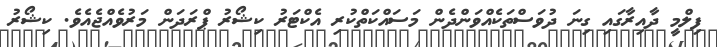
ފިލްމީ ދާއިރާގައި ގިނަ ދުވަސްތަކެއްވަންދެން މަސައްކަތްކުރި އެކްޓަރު ކިޝޯރު ޕްރަދަން މަރުވެއްޖެއެވެ. ކިޝޯރު